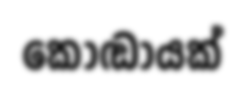
කොඬායක්